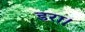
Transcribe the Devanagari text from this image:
डरा।